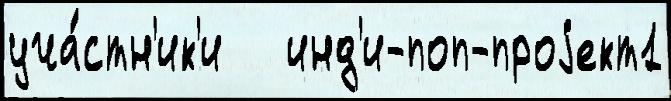
уча́стн'ик'и   инд'и-поп-проjект1